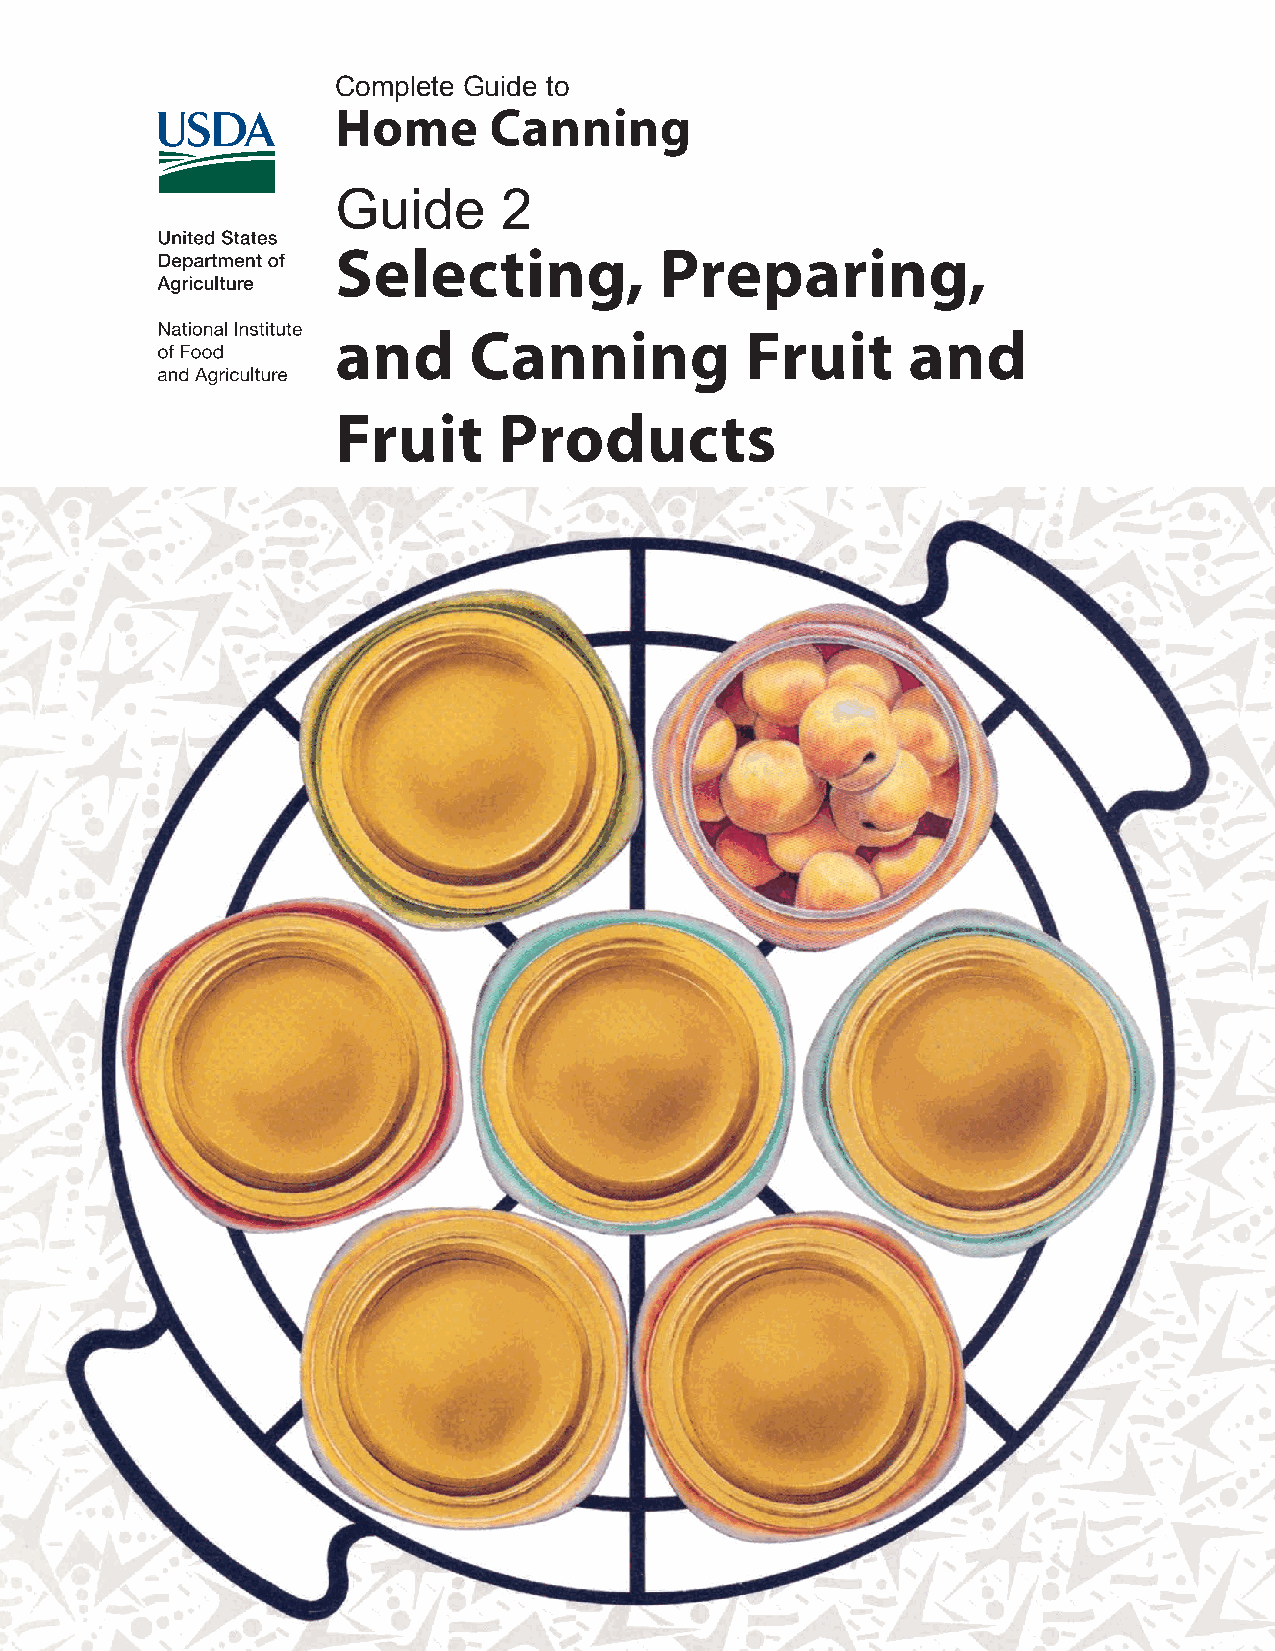
Complete Guide to
 Home      Canning
 Guide      2
 Selecting,            Preparing,
 and      Canning           Fruit      and
 Fruit      Products